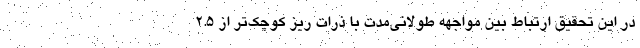
در این تحقیق ارتباط بین مواجهه طولانی‌مدت با ذرات ریز کوچک‌تر از ۲.۵